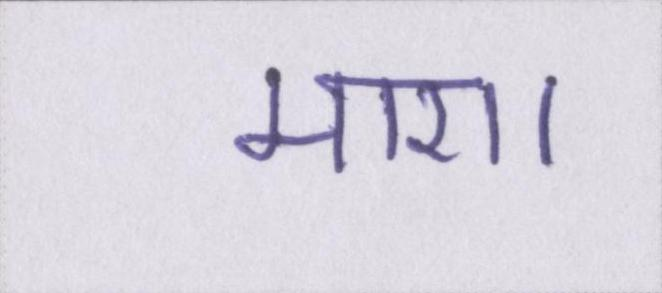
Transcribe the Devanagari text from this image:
मारा।